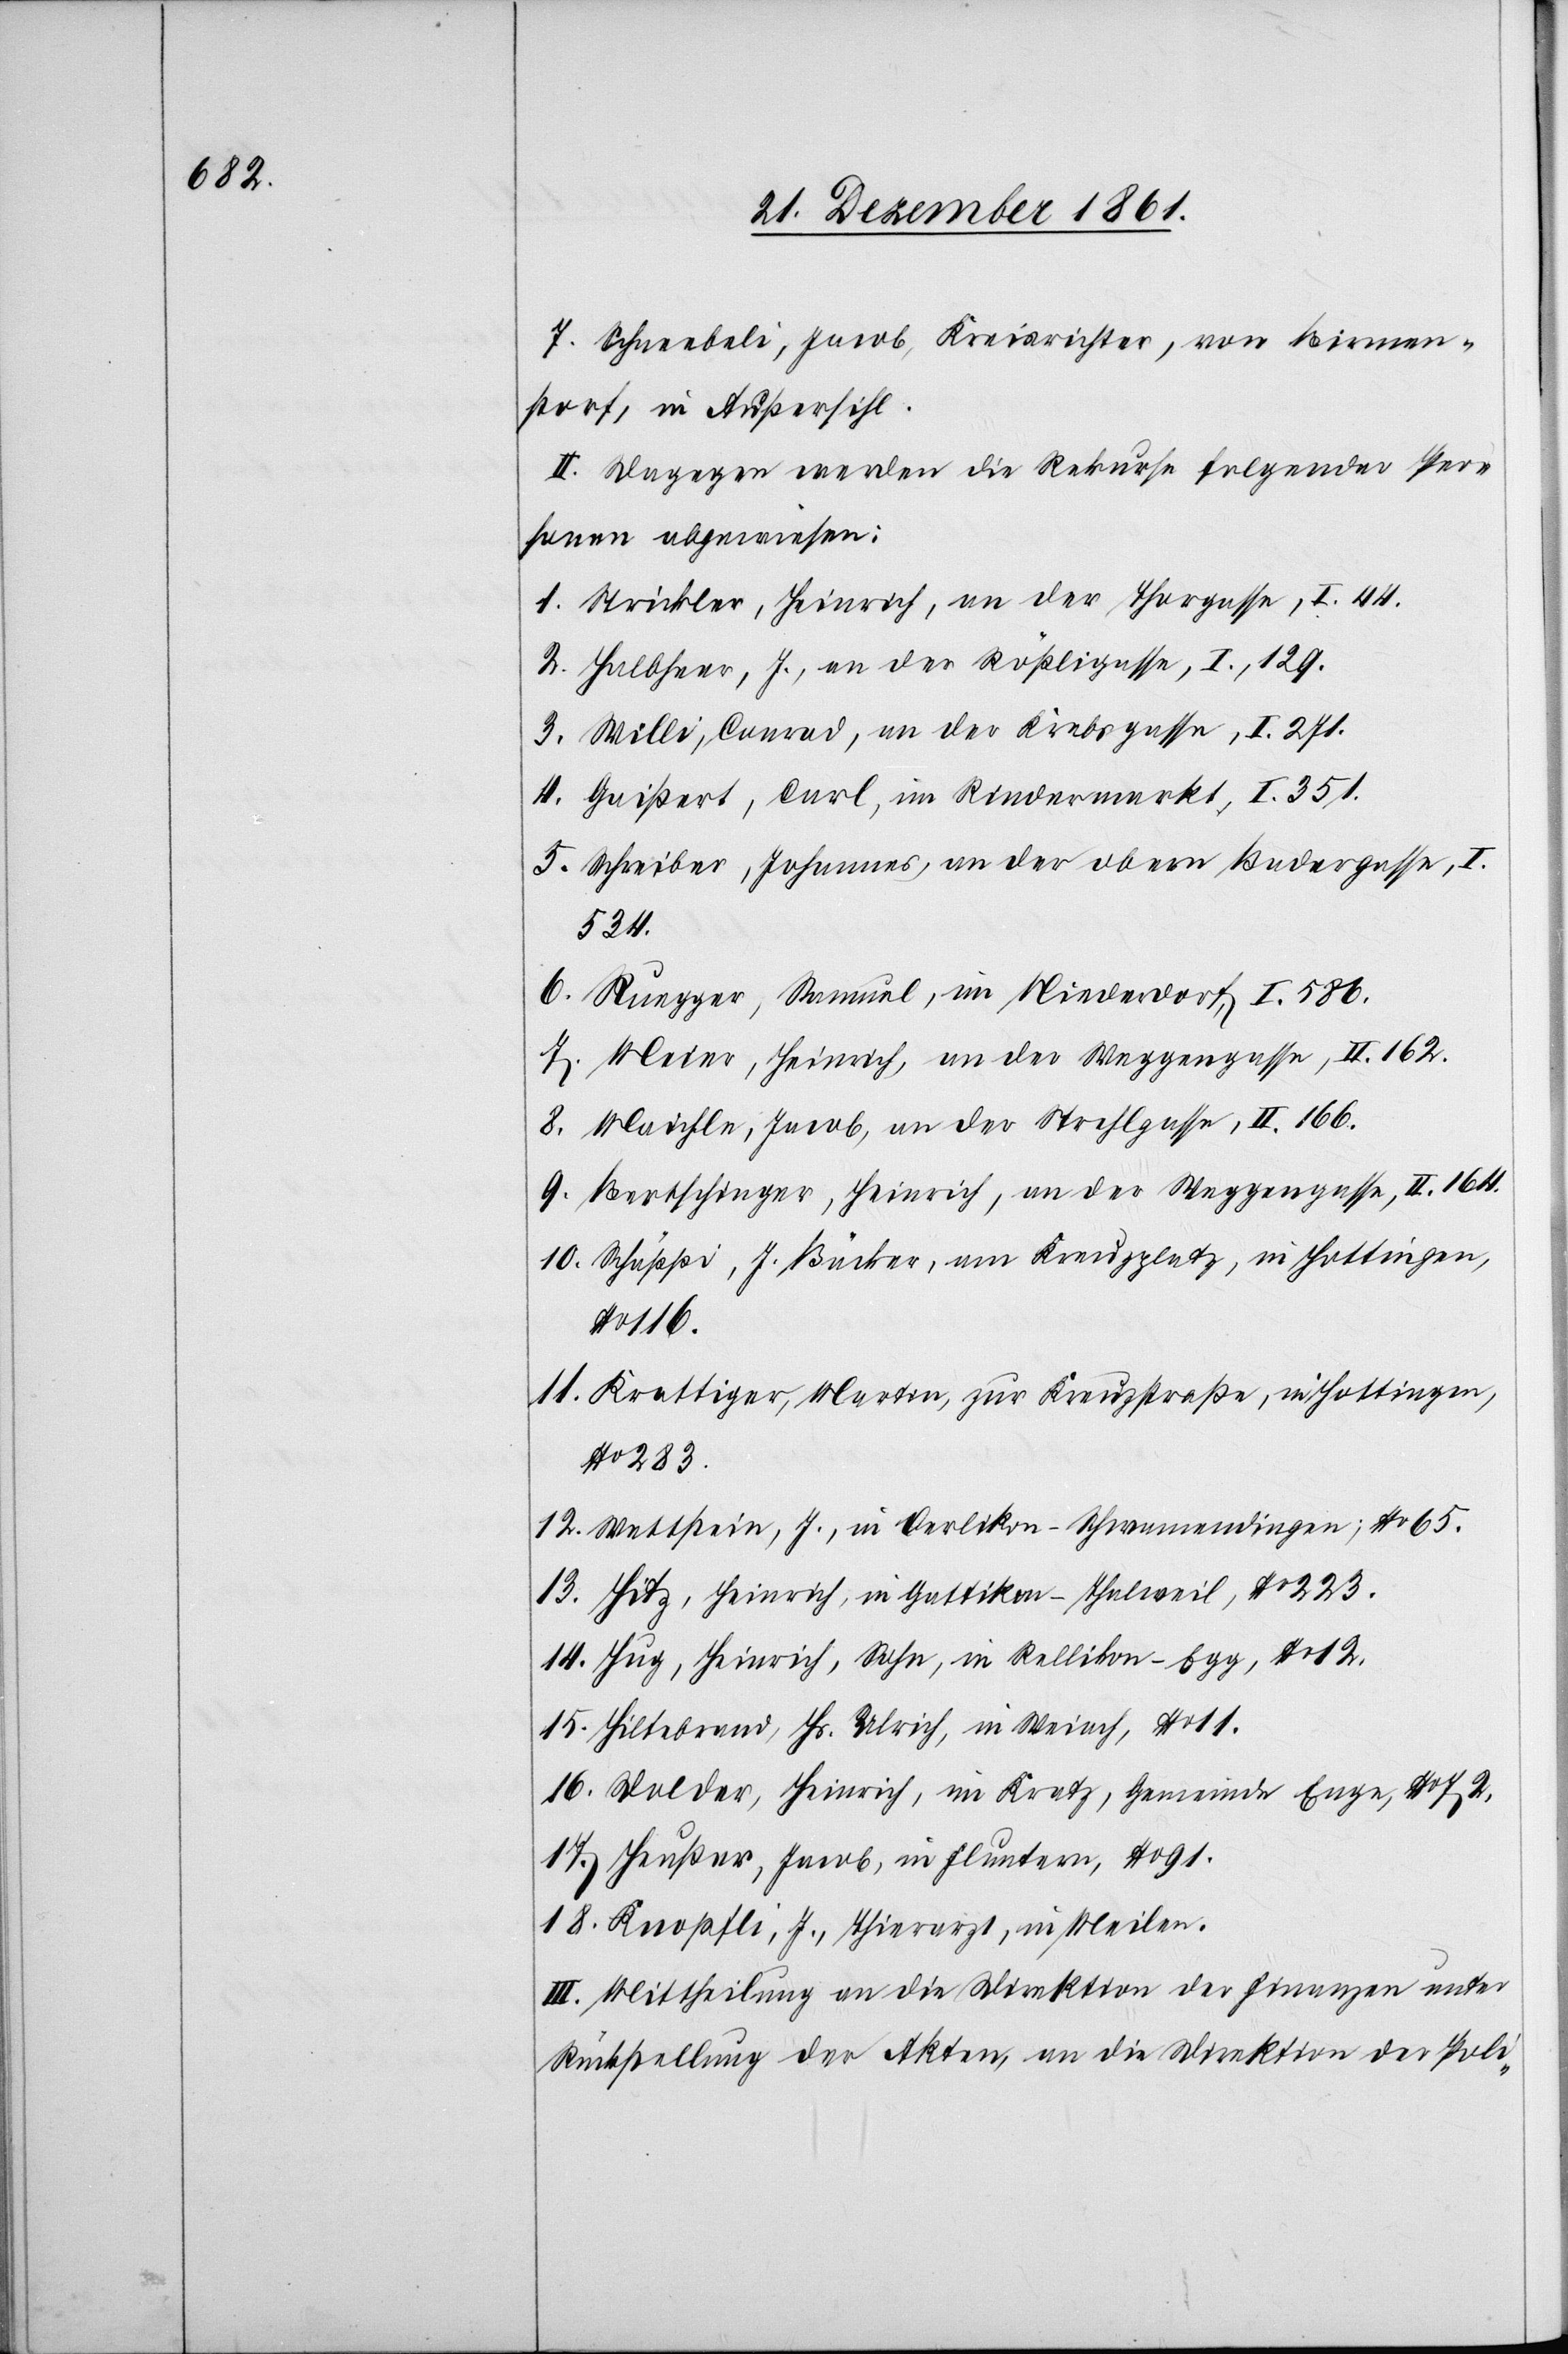
II. Dagegen werden die Rekurse folgender Per¬
sonen abgewiesen:
1. Strickler, Heinrich, an der Thorgasse, I. 44.
2. Halbheer, J., an der Rößligasse, I. 129.
3. Willi, Conrad, an der Krebsgasse, I. 271.
4. Gaißert, Carl, im Rindermarkt, I. 351.
5. Schreiber, Johannes, an der obern Badergasse, I.
534.
6. Ruegger, Samuel, im Niederdorf, I. 586.
7. Meier, Heinrich an der Weggengasse, II. 162.
8. Maichle, Jacob, an der Strehlgasse, II. 166.
9. Bertschinger, Heinrich, an der Weggengasse, II. 164.
10. Schäppi, J. Bäcker, am Kreuzplatz, in Hottingen,
No 116.
11. Krattiger, Martin, zur Kreuzstraße, in Hottingen,
No 283.
12. Wettstein, J., in Oerlikon-Schwamendingen, No 65.
13. Hitz, Heinrich, in Gattikon-Thalweil, No 223.
14. Hug, Heinrich, Sohn, in Rellikon-Egg, No 12.
15. Hiltebrand, Hs. Ulrich, in Weiach, No 11.
16. Dolder, Heinrich, im Kratz, Gemeinde Enge, No 72,
17. Heußer, Jacob, in Fluntern, No 91.
18. Knopfli, J., Thierarzt, in Meilen.
III. Mittheilung an die Direktion der Finanzen unter
Rückstellung der Akten, an die Direktion der Poli-